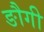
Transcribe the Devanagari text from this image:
ङौगी